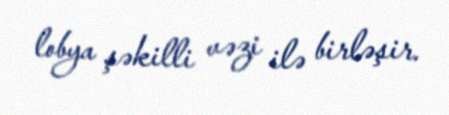
lobya şəkilli vəzi ilə birləşir.